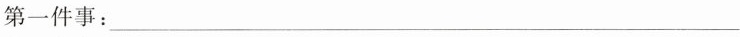
第一件事：___